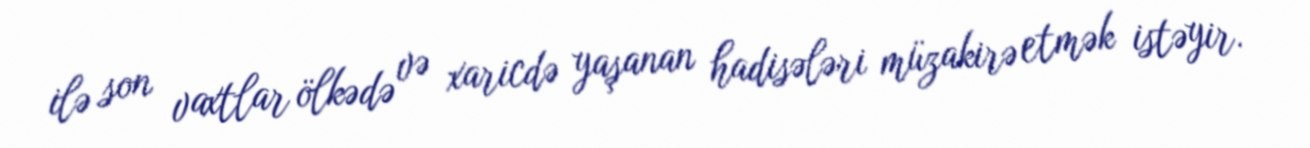
ilə son vaxtlar ölkədə və xaricdə yaşanan hadisələri müzakirə etmək istəyir.